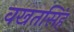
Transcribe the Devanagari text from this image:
वखतसिंह